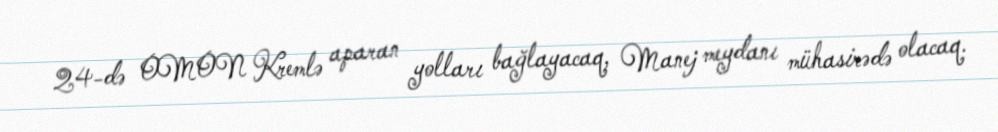
24-də OMON Kremlə aparan yolları bağlayacaq, Manej meydanı mühasirədə olacaq.